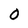
Character: 0